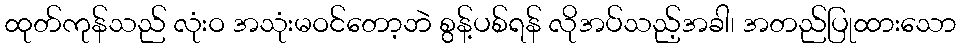
ထုတ်ကုန်သည် လုံးဝ အသုံးမဝင်တော့ဘဲ စွန့်ပစ်ရန် လိုအပ်သည့်အခါ၊ အတည်ပြုထားသော